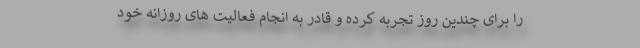
را برای چندین روز تجربه کرده و قادر به انجام فعالیت های روزانه خود